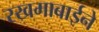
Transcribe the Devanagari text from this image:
रखमाबाईने